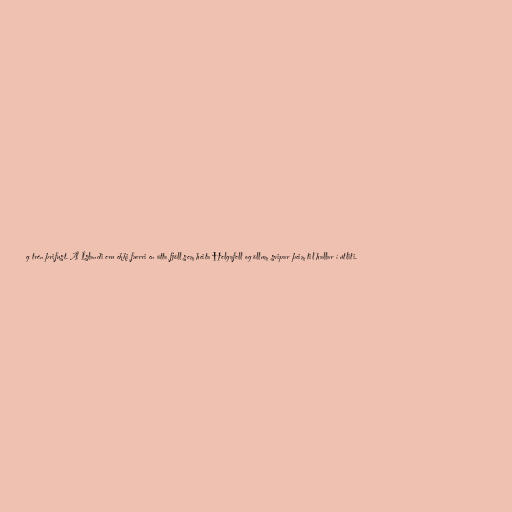
g trén þrifust. Á Íslandi eru ekki færri en átta fjöll sem heita Helgafell og öllum svipar þeim til hallar í útliti.